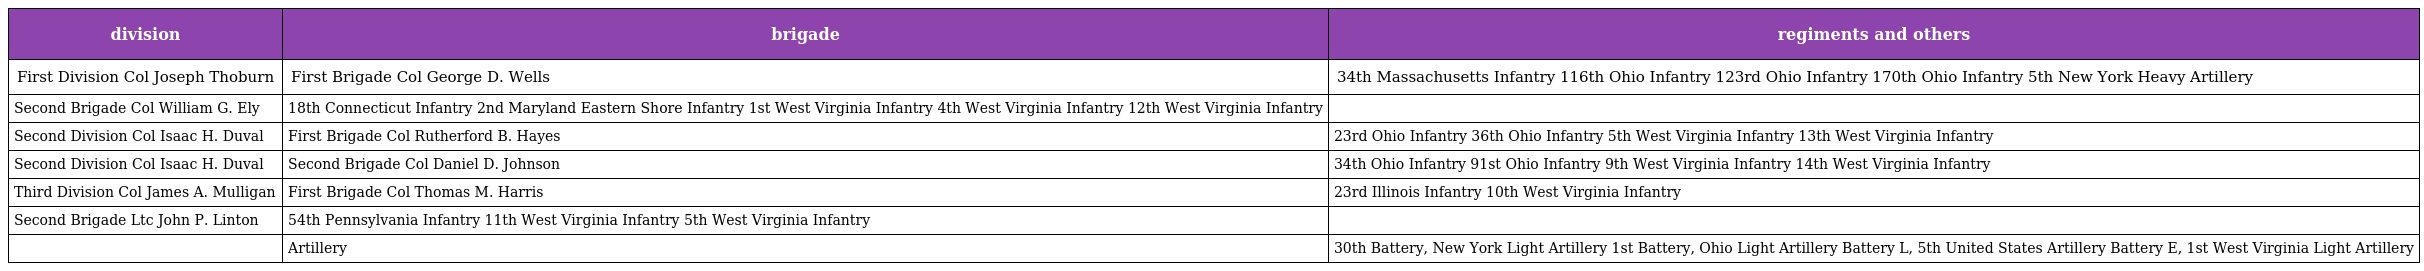
| division | brigade | regiments and others |
 | --- | --- | --- |
 | First Division Col Joseph Thoburn | First Brigade Col George D. Wells | 34th Massachusetts Infantry 116th Ohio Infantry 123rd Ohio Infantry 170th Ohio Infantry 5th New York Heavy Artillery |
 | Second Brigade Col William G. Ely | 18th Connecticut Infantry 2nd Maryland Eastern Shore Infantry 1st West Virginia Infantry 4th West Virginia Infantry 12th West Virginia Infantry |  |
 | Second Division Col Isaac H. Duval | First Brigade Col Rutherford B. Hayes | 23rd Ohio Infantry 36th Ohio Infantry 5th West Virginia Infantry 13th West Virginia Infantry |
 | Second Division Col Isaac H. Duval | Second Brigade Col Daniel D. Johnson | 34th Ohio Infantry 91st Ohio Infantry 9th West Virginia Infantry 14th West Virginia Infantry |
 | Third Division Col James A. Mulligan | First Brigade Col Thomas M. Harris | 23rd Illinois Infantry 10th West Virginia Infantry |
 | Second Brigade Ltc John P. Linton | 54th Pennsylvania Infantry 11th West Virginia Infantry 5th West Virginia Infantry |  |
 |  | Artillery | 30th Battery, New York Light Artillery 1st Battery, Ohio Light Artillery Battery L, 5th United States Artillery Battery E, 1st West Virginia Light Artillery |